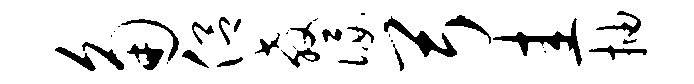
角侣教佞弓圭抽